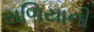
સળિયાની